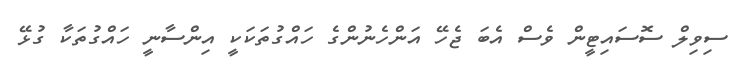
ސިވިލް ސޮސައިޓީން ވެސް އެބަ ޖެހޭ އަންހެނުންގެ ހައްގުތަކަކީ އިންސާނީ ހައްގުތަކާ ގުޅޭ